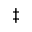
\ddagger